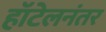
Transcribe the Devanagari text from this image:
हॉटेलनंतर